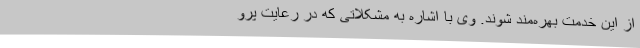
از این خدمت بهره‌مند شوند. وی با اشاره به مشکلاتی که در رعایت پرو